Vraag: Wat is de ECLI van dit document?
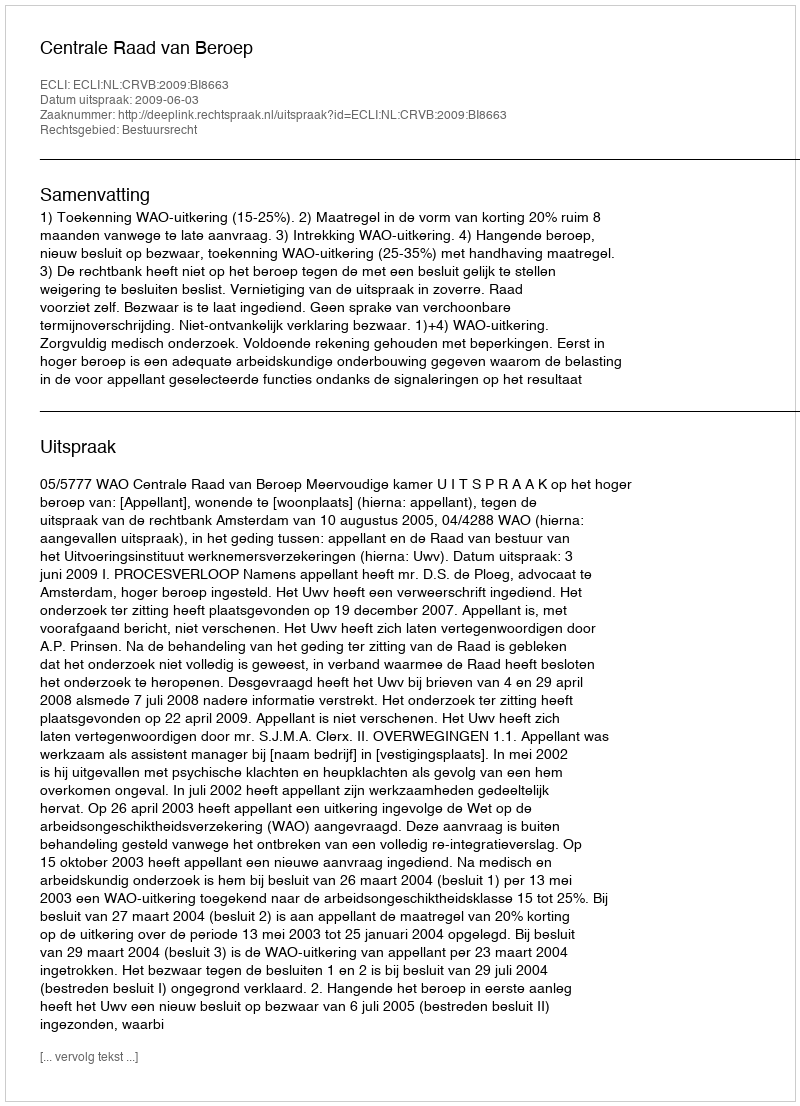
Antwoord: ECLI:NL:CRVB:2009:BI8663